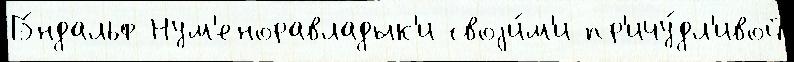
Гэ́ндальф Нум'еноравладык'и своjи́м'и пр'ичу́дл'ивой